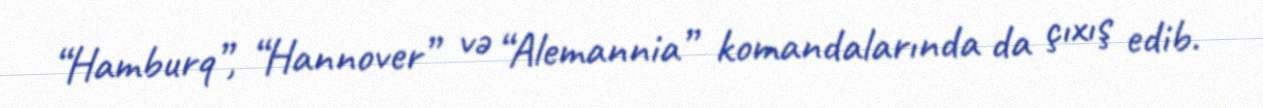
“Hamburq”, “Hannover” və “Alemannia” komandalarında da çıxış edib.